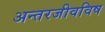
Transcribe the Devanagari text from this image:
अन्तरजीवविष